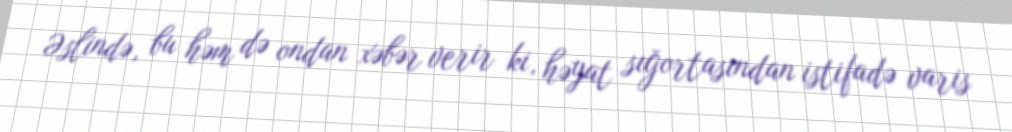
Əslində, bu həm də ondan xəbər verir ki, həyat sığortasından istifadə varis